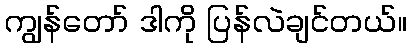
ကျွန်တော် ဒါကို ပြန်လဲချင်တယ်။